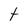
Character: t